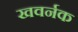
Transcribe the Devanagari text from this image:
खवर्नक